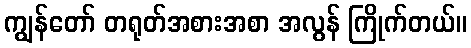
ကျွန်တော် တရုတ်အစားအစာ အလွန် ကြိုက်တယ်။